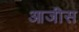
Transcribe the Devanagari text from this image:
आजीस